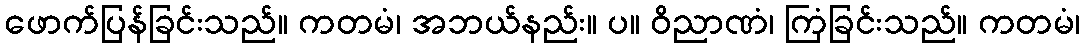
ဖောက်ပြန်ခြင်းသည်။ ကတမံ၊ အဘယ်နည်း။ ပ။ ဝိညာဏံ၊ ကြံခြင်းသည်။ ကတမံ၊